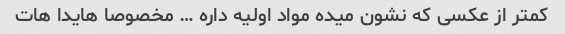
کمتر از عکسی که نشون میده مواد اولیه داره … مخصوصا هایدا هات